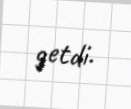
getdi.